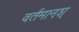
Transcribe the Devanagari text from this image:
वर्तमानश्